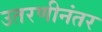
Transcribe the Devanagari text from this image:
उतरणीनंतर